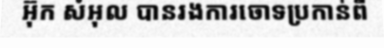
អ៊ុក សំអុល បានរងការចោទប្រកាន់ពី